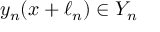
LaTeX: y _ { n } ( x + \ell _ { n } ) \in Y _ { n }